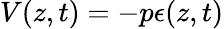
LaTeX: V(z,t)=-p\epsilon(z,t)